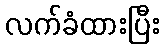
လက်ခံထားပြီး